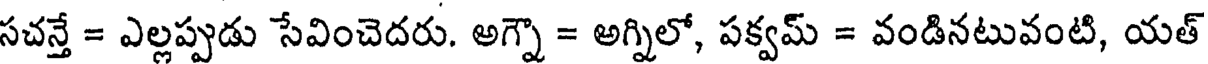
సచన్తే = ఎల్లప్పుడు సేవించెదరు. అగ్నౌ = అగ్నిలో, పక్వమ్ = వండినటువంటి, యత్